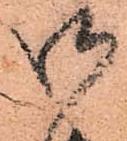
御